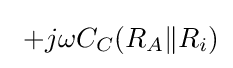
\ +j\omega C_{C}(R_{A}\|R_{i})\,\!